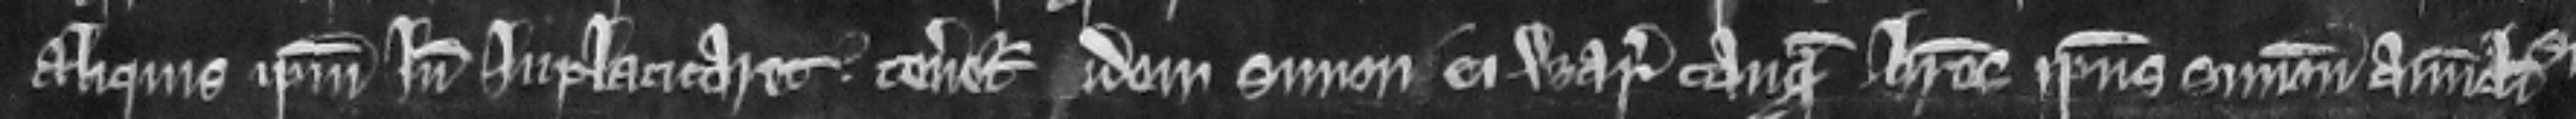
aliquis ipsum inde inplacitaret tenetur idem Simon ei warantizare tanquam heres ipsius Simonis avunculi sui.